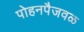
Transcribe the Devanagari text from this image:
पोहनपैजवळ